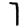
Digit: 7